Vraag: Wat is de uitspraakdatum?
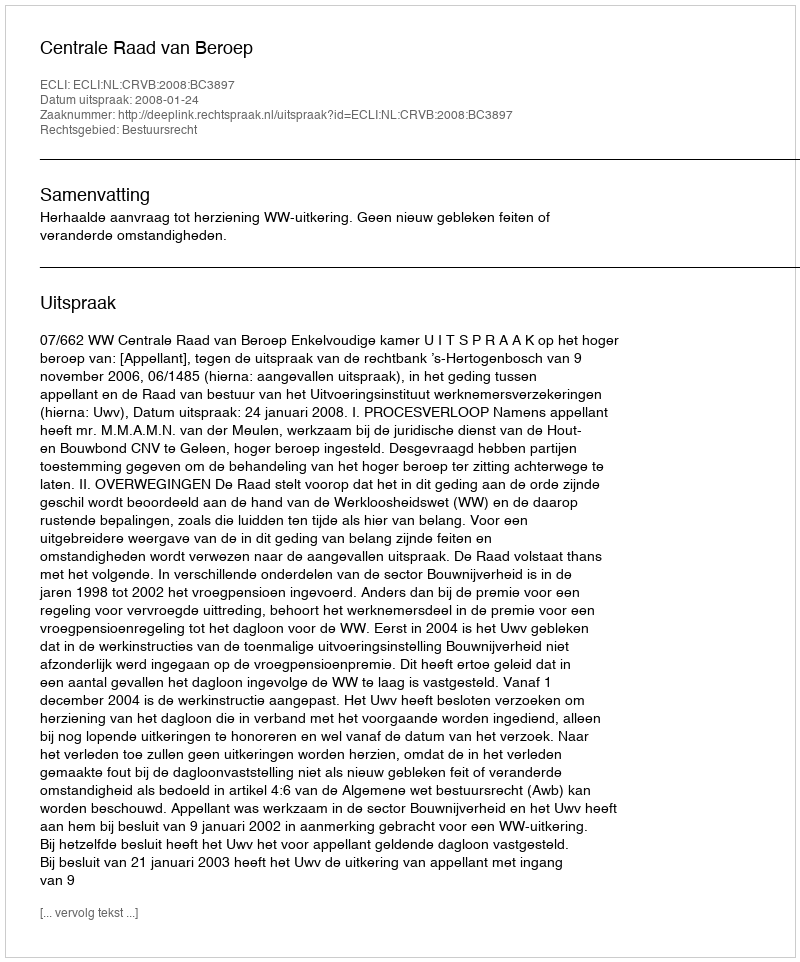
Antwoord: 2008-01-24